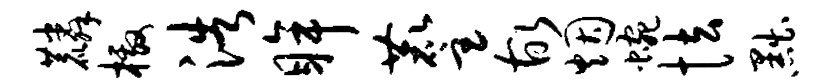
麟檄浩眸麈故烟蜿怯黜